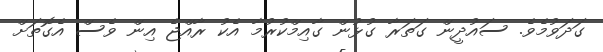
ގަދަވުމެވެ. ސައުދީން ގަތަރާ ގުޅުން ގާއިމްކުރުމާ އެކު ރާއްޖެ އިން ވެސް އެގޮތަށް